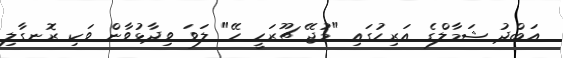
އަބްދު ޝަމާލްގެ އަރިހުގައި "މުޖޭ ޗޫރަހީ ހޭ" ލަވަ ވިދާޅުވާން ވަކި ރޮނގާލި